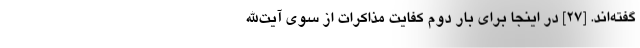
گفته‌اند. [۲۷] در اینجا برای بار دوم کفایت مذاکرات از سوی آیت‌الله